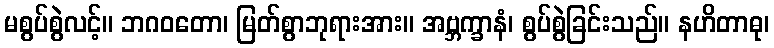
မစွပ်စွဲလင့်။ ဘဂဝတော၊ မြတ်စွာဘုရားအား။ အဗ္ဘက္ခာနံ၊ စွပ်စွဲခြင်းသည်။ နဟိတာဓု၊